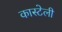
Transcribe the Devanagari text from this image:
कास्टेली